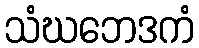
သံဃဘေဒကံ